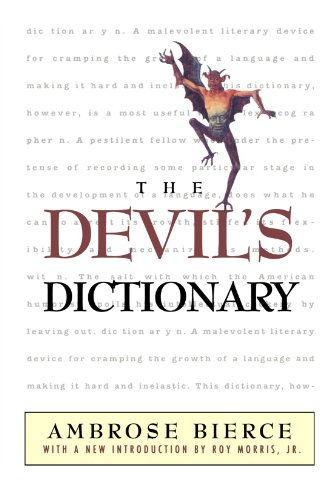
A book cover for The Devil's Dictionary; Ambrose Bierce; Reference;